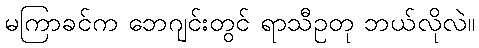
မကြာခင်က ဘေဂျင်းတွင် ရာသီဥတု ဘယ်လိုလဲ။